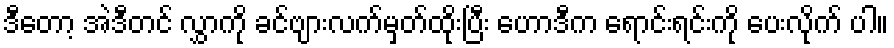
ဒီတော့ အဲဒီတင် လွှာကို ခင်ဗျားလက်မှတ်ထိုးပြီး ဟောဒီက ရောင်းရင်းကို ပေးလိုက် ပါ။